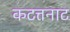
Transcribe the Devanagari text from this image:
कटत्तनाट